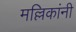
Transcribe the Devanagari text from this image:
मल्लिकांनी